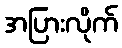
အပြားလိုက်